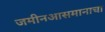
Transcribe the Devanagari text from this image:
जमीनआसमानाचा